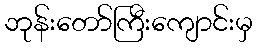
ဘုန်းတော်ကြီးကျောင်းမှ